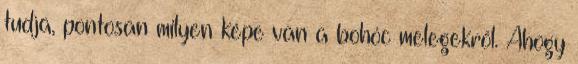
tudja, pontosan milyen képe van a bohóc melegekről. Ahogy